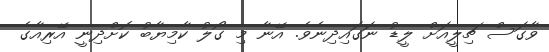
ވާގަސް ޗިލީއަށް ލީޑު ނަގައިދިނެވެ. އޭނާ މި ގޯލު ކާމިޔާބު ކޮށްދިނީ އޭރިއާގެ